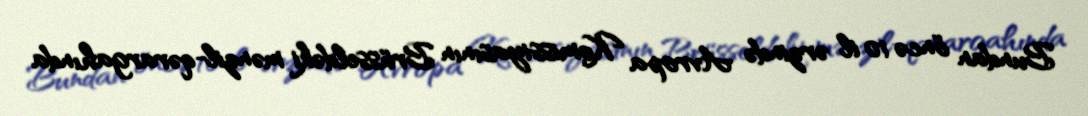
Bundan öncə 10 il ərzində Avropa Komissiyasının Brüsseldəki mənzil-qərargahında